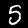
Digit: 5